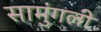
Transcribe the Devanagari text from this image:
सामुंगली